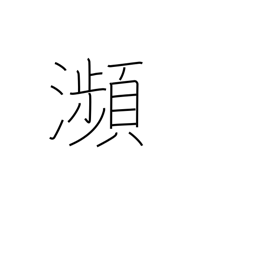
Meaning: brink